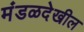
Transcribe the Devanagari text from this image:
मंडळदेखील